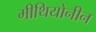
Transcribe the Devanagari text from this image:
मीथियोनीन